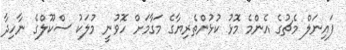
ފައިނަލް މެޗުގެ އެންމެ މޮޅު ކުޅުންތެރިޔާގެ މަގާމަށް ހޮވުނީ މުލަކު ސްކޫލްގެ ނާހިދާ